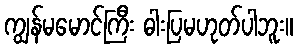
ကျွန်မမောင်ကြီး ဓါးပြမဟုတ်ပါဘူး။